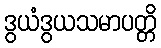
ဒွယံဒွယသမာပတ္တိ